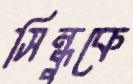
সিন্ধুকে